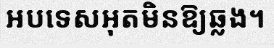
អបទេសអុតមិនឱ្យឆ្លង។